Report on vaccination in the Province of Bengal - 1874-1889
Year: 1874
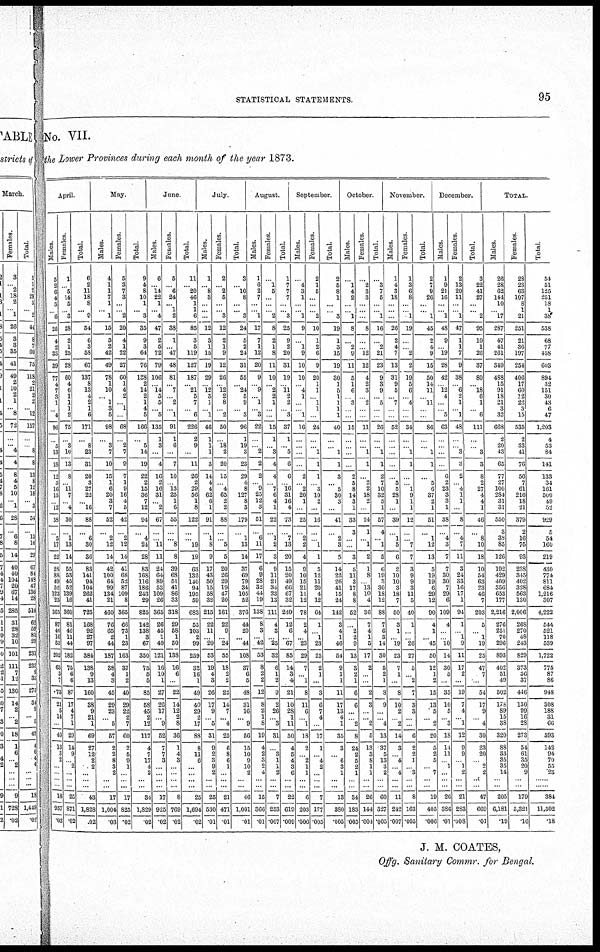
STATISTICAL STATEMENTS.
95
No. VII.
the Lower Provinces during each month of the year 1873.
April.
Males
5
2
6
4
3
... 6
26
4
2
33
39
77
4
7
3
1
... 4
96
...
5
13
18
12
3
16
15
... 12
58
...
5
17
22
28
88
49
52
123
25
365
87
46
16
53
202
63
3
7
73
21
5 14
...
40
13
3
2 ...
...
...
...
18
957
.03
Females
1
... 5
14
5
... 8
28
2
1
25
28
60
4
6
1
1
1
2
75
...
3
10
13
8
... 11
7
... 4
30
...
1
13
14
55
53
45
52
139
16
360
81
46
11
44
182
75
6 6
87
17
4
7
1
29
14
9
...
2 ...
...
...
25
871
.02
Total.
6
2
11
18
8
... 9
54
6
3
58
67
137
8
13
4
2
1
6
171
...
8
23
31
20
3
27
22
... 16
88
...
6
30
36
83
141
94
104
262
41
725
168
92
21
97
384
138
9
13
160
38
9
21
1
69
27
12
2 2
...
...
...
43
1,828
.02
May.
Males.
4
1
1
7
1
... 1
15
5
2
42
49
78
1
10
... 1
3
5
98
...
3
7
10
15
1
6
20
3
7
52
...
2
12
14
42
100
64
99
134
21
460
76
65
2
44
187
38
4
3
45
29
23
... 5
57
2
2
8
3
...
...
...
17
1,004
.03
Females.
5
3
7
3
...
... 2
20
4
1
22
27
60
1
4
2
... 1
...
68
...
2
7
9
7
1
9
16
4
5
42
...
2
12
14
41
68
52
87
109
8
365
66
73
1
23
163
37
1
2
40
29
22
2
7
60
2
5
9
1
2
...
...
17
825
.02
Total.
9
4
8
10
1
... 3
35
9
3
64
76
188
2
14
2
1
4
5
166
...
5
14
19
22
2
15
36
7
12
94
...
4
24
28
83
168
116
186
243
29
825
142
138
3
67
350
75
5
5
85
58
45
2
12
117
4
7 17
4
...
...
...
34
1,829
.02
June
Males.
6
... 14
22
1
... 4
47
2
6
72
79
106
... 14
5
5
... 5
135
1
3
...
4
16
2
16
31
... 2
67
...
... 11
11
24
64
89
53
109
26
365
26
45
1
49
121
16
10
1
27
26
17
... 9
52
7
7
3
...
2
...
...
17
925
.02
Females.
5
... 6
24
... 1
2
38
1
... 47
48
81
... 7
... 2
... 1
91
1
6
...
7
10
... 13
25
1
6
55
...
... 8
8
39
68
51
41
86
33
318
29
58
1
50
138
16
6
...
22
14
12
2
8
36
1
4 3
...
...
...
...
8
769
.02
Total.
11
... 20
46
1
1
6
85
3
5
119
127
187
... 21
5
7
... 6
226
2
9
...
11
26
2
29
56
1
8
122
...
... 19
19
63
132
140
94
195
59
683
55
103
2
99
259
32
16
1
49
40
29
2
17
88
8
11
6
...
...
...
...
25
1,694
.02
July.
Males.
1
... 8
3
...
...
...
12
8
1
15
19
29
... 12
3
1
... 1
46
1
1
1
3
14
4
4
62
6
1
91
...
1
8
9
17
43
50
15
58
32
215
22
11
... 20
53
19
4
3
26
17
9
... 5
31
9
2
3
9 2
...
...
25
530
.01
Females.
2
... 2
5
...
... 3
12
2
1
9
12
26
... 12
2
8
... 2
50
...
18
2
20
15
... 4
65
2
2
88
...
... 5
5
20
26
29
19
47
20
161
22
9
... 24
55
18
2
2
22
14
7
... 4
25
6
8
6
1
...
...
...
21
471
.01
Total.
3
... 10
8
...
... 3
24
5
2
24
31
55
... 24
5
9
... 3
96
1
19
3
23
29
4
8
127
8
3
179
...
1
13
14
37
69
79
34
105
52
876
44
20
... 44
108
37
6 5
48
31
16
... 9
56
15
10
9
10
2
...
...
46
1,001
.01
August.
Males
1
6
2
7
...
... 1
17
7
1
12
20
9
... 9
... 1
... 3
22
...
... 2
2
2
... 9
25
12
3
51
...
6
11
17
6
9
28
32
44
19
138
8
3
... 42
53
8
2
2
12
8
2
1
8
19
4
2
3
2
4
...
...
15
366
.01
Females.
...
1
5
...
...
... 2
8
2
1
8
11
10
... 2
2
1
...
...
15
1
... 3
4
4
... 7
6
4
1
22
...
1
2
3
9
11
21
34
23
13
111
4
3
... 25
32
6
1
2
9
2
26
... 3
31
...
3
1
2
2
...
...
7
253
.007
Total.
1
7
7
7
...
... 3
25
9
2
20
31
19
... 11
2
2
... 3
37
1
... 5
6
6
... 16
31
16
4
73
...
7
13
20
15
20
49
66
67
32
249
12
6
... 67
85
14
3
4
21
10
28
1
11
50
4
5
4
1
6
...
...
22
619
.009
September.
Males.
...
4
3
1
...
... 1
9
...
1
9
10
10
... 4
1
...
... 1
16
...
...
...
...
2
... 2
20
1
...
25
...
2
2
4
9
10
15
21
11
12
78
2
4
... 23
29
7
... 1
8
11
6
... 1
18
2
...
2
3 1
...
...
6
203
.006
Females.
2
1
5
...
...
... 2
10
1
2
6
9
20
1
1
... 1
1
...
24
...
... 1
1
1
... 3
10
2
...
16
...
... 1
1
5
12
11
20
4
12
64
1
... 1
23
25
2
1
...
3
6
7
4
...
17
1
...
4
2
...
...
...
7
177
.005
Total.
2
5
8
1
...
... 3
19
1
3
15
19
30
1
5
1
1
1
1
40
...
... 1
1
3
... 5
80
3
...
41
...
2
3
5
14
22
26
41
15
24
142
3
4
1
46
54
9
1
1
11
17
18
4 1
35
3
...
6
3
1
...
...
13
380
.005
October
Males.
...
1
4
2
...
... 1
8
...
2
9
11
5
1
6
... 3
...
...
15
...
...
...
...
2
5
8
14
3
1
33
3
...
...
3
5
11
3
17
8
8
52
...
2
2
9
13
3
2
1
6
6
...
... 2
8
24
2
5
2
1
...
...
34
183
.005
Females.
...
2
8
3
...
...
...
8
...
... 12
12
4
2
3
... 2
...
...
11
...
... 1
1
...
2
2
18
2
...
24
1
... 1
2
1
8
... 13
10
4
36
7
4
1
5
17
2
...
...
2
3
...
... 2
5
13
3
8
1 1
...
...
26
144
.004
Total.
...
3
7
5
...
... 1
16
...
2
21
23
9
3
9
... 5
...
...
26
...
... 1
1
2
7
10
32
5
1
57
4
... 1
5
6
19
3
30
18
12
88
7
6
3
14
30
5
2
1
3
9
...
... 4
13
37
5
13
3
2
...
...
60
327
.005
November.
Males.
1
4
3
18
...
...
...
26
2
4
7
13
31
9
5
... 7
...
...
52
...
...
...
...
...
5
5
28
1
...
39
...
1
5
6
2
10
10
3
18
7
50
3
1
... 19
23
7
1
...
8
10
2
... 2
14
3
...
4
...
4
...
...
11
242
.007
Females.
1
3
6
8
...
... 1
19
...
... 2
2
19
5
6
... 4
...
...
34
...
... 1
1
...
... 1
9
1
1
12
...
... 7
7
3
9
9
3
11
5
40
1
...
... 20
27
5
... 2
7
3
8
...
...
6
2
2
1
...
3
...
...
8
163
.005
Total.
2
7
9
26
...
... 1
45
2
4
9
15
50
14
11
... 11
...
...
86
...
... 1
1
...
5
6
37
2
1
51
...
1
12
13
5
19
19
6
29
12
90
4
1
... 45
50
12
1
2
15
13
5
... 2
20
3
2 5
...
7
...
...
19
405
.006
December.
Males.
1
9
21
16
...
... 1
48
9
... 19
28
42
... 12
4
...
... 5
63
...
...
...
...
6
2
23
3
3
1
38
...
4
3
7
7
30
30
7
29
6
109
4
...
... 10
14
30
5
...
35
10
5
... 3
18
14
11
...
1
...
...
...
26
386
.07
Females
2
13
20
11
...
... 1
47
1
1
7
9
38
... 6
2
1
... 1
48
...
... 3
3
2
... 4
1
1
...
8
...
4
7
11
3
24
33
16
17
1
94
1
... 1
8
11
17
2
...
19
7
4
... 1
12
9
9
...
1
2
...
...
21
283
.008
Total.
3
22
44
27
...
... 2
95
10
1
26
37
80
... 18
6
1
... 6
111
...
...
3
3
8
2 27
4
4
1
46
...
8 10
18
10
54
63
23
46
7
203
5
...
1 19
25
47
7
...
54
17
9
...
4
30
23
20
...
2 ...
...
...
47
669
.01
TOTAL.
Males
26
28
62
144
10
... 17
287
47
41
261
349
488
15
91
18
21
3
32
668
2
20
43
65
77
27
100
284
31
31
550
3
38
85
126
192
429
409
356
653
177
2,216
276
251
70
296
893
402
51
49
502
178
89
15
88
320
88
33
35
35
14
...
...
205
6,181
.19
Females.
28
23
63
107
8
1
21
251
21
36
197
254
406
17
60
12
22
3
15
535
2
33
41
76
56
7
61
216
18
21
379
2
16
75
93
238
345
402
328
563
130
2,006
268
270
48
243
829
373
36
37
446
130
99
16
28
273
54
61
35
20
9
...
...
179
5,321
.16
Total
54
51
125
251
18
1
38
538
68
77
458
603
894
32
151
30
43
6
47
1,203
4
53
84
141
133
34
161
500
49
52
929
5
54
160
219
430
774
811
684
1,216
307
4,222
544
521
118
539
1,722
775
87
86
948
308
188
31
66
593
142
94
70
55
28
...
...
384
11,502
.18
J. M. COATES,
Offg. Sanitary Commr. for Bengal.